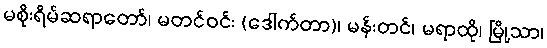
မစိုးရိမ်ဆရာတော်၊ မတင်ဝင်း (ဒေါက်တာ)၊ မန်းတင်၊ မရာထို၊ မြို့သာ၊